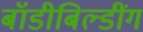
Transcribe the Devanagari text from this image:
बॉडीबिल्डींग